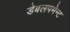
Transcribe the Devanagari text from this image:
डेबलपमेन्ट